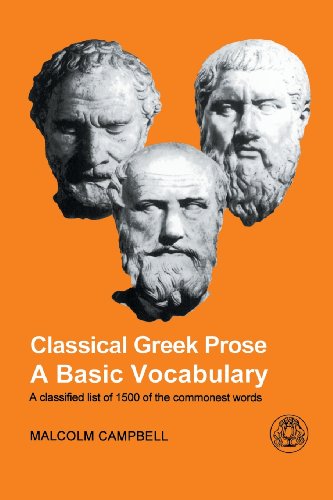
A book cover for Classical Greek Prose: A Basic Vocabulary; Malcolm Campbell; Literature & Fiction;